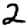
Digit: 2